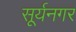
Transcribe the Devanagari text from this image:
सूर्यनगर